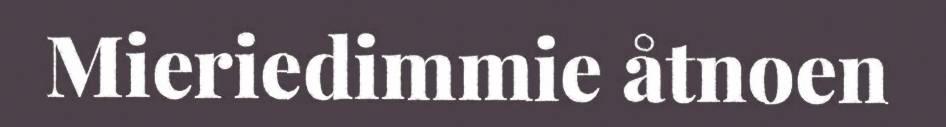
Mieriedimmie åtnoen